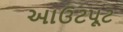
આઉટપૂટ